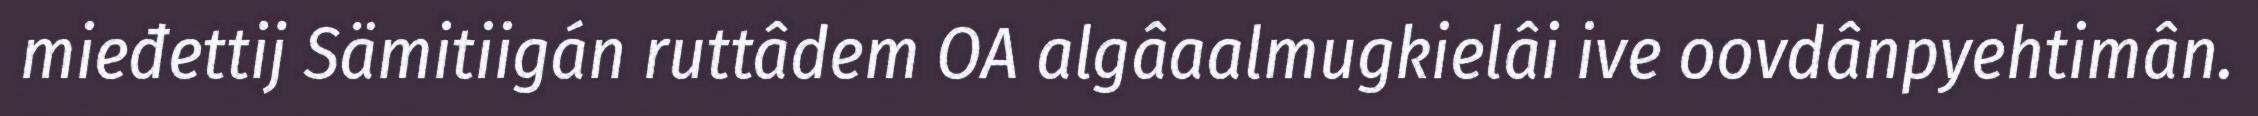
mieđettij Sämitiigán ruttâdem OA algâaalmugkielâi ive oovdânpyehtimân.